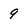
Character: 9